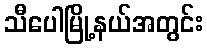
သီပေါမြို့နယ်အတွင်း